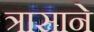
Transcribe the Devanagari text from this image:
त्रासाने